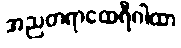
အညတရာထေရီဂါထာ